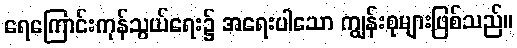
ရေကြောင်းကုန်သွယ်ရေး၌ အရေးပါသော ကျွန်းစုများဖြစ်သည်။